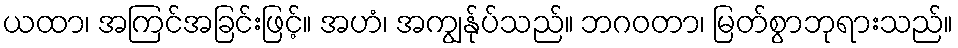
ယထာ၊ အကြင်အခြင်းဖြင့်။ အဟံ၊ အကျွန်ုပ်သည်။ ဘဂဝတာ၊ မြတ်စွာဘုရားသည်။